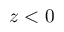
z < 0